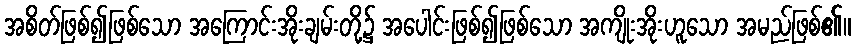
အစိတ်ဖြစ်၍ဖြစ်သော အကြောင်းအိုးချမ်းတို့၌ အပေါင်းဖြစ်၍ဖြစ်သော အကျိုးအိုးဟူသော အမည်ဖြစ်၏။